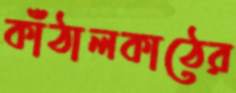
কাঁঠালকাঠের